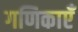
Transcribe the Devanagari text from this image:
गणिकाएँ